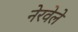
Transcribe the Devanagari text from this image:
नेरवेले